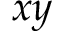
x y